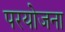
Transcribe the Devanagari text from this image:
परयोजना